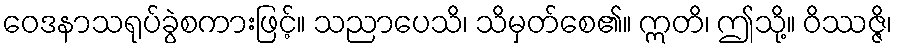
ဝေဒနာသရုပ်ခွဲစကားဖြင့်။ သညာပေသိ၊ သိမှတ်စေ၏။ ဣတိ၊ ဤသို့။ ဝိဿဇ္ဇိ၊